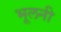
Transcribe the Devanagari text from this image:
भूलनी